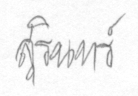
สุรินทร์